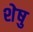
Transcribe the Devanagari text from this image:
शेषु